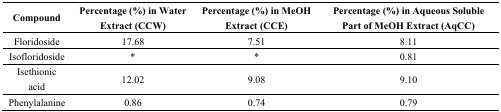
<table><thead><tr><td><b>Compound</b></td><td><b>Percentage (%) in Water Extract (CCW)</b></td><td><b>Percentage (%) in MeOH Extract (CCE)</b></td><td><b>Percentage (%) in Aqueous Soluble Part of MeOH Extract (AqCC)</b></td></tr></thead><tbody><tr><td>Floridoside</td><td>17.68</td><td>7.51</td><td>8.11</td></tr><tr><td>Isofloridoside</td><td>*</td><td>*</td><td>0.81</td></tr><tr><td>Isethionic acid</td><td>12.02</td><td>9.08</td><td>9.10</td></tr><tr><td>Phenylalanine</td><td>0.86</td><td>0.74</td><td>0.79</td></tr></tbody></table>